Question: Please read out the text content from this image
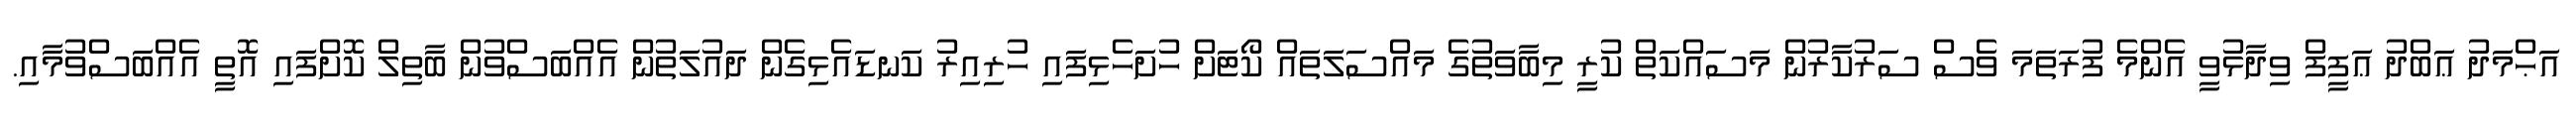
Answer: އަޙްމަދު ޢަބްދު ޢަފީފް ވިދާޅުވީ އެންމެ ފުރަތަމަ ވެސް ސަރުކާރުން މަސައްކަތް ކުރީ މިބާވަތުގެ މައްސަލަތައް ކޯޓަށް ހުށަހެޅިފައި ހުރިއިރު ކަނޑައެޅިގެން ދައުލަތުން އެއްބަސްވުން ބާތިލް ކޮށްފައި އޮތީ އެއްބަސްވުމާއި.